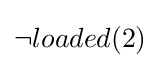
\neg loaded(2)